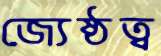
জ্যেষ্ঠত্ব